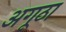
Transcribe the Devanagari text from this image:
अगूठा